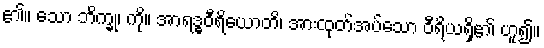
၏။ သော ဘိက္ခု၊ ကို။ အာရဒ္ဓဝီရိယောတိ၊ အားထုတ်အပ်သော ဝီရိယရှိ၏ ဟူ၍။